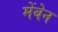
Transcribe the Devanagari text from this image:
मेंबेन